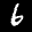
Label: 6